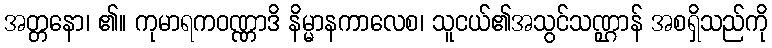
အတ္တနော၊ ၏။ ကုမာရကဝဏ္ဏာဒိ နိမ္မာနကာလေစ၊ သူငယ်၏အသွင်သဏ္ဌာန် အစရှိသည်ကို